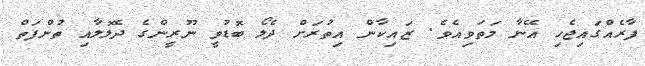
ފާރެއްގައިޖެހި އޭނާ މަތަވިއެވެ. ޒައިކާން އިތުރަށް ދެލޯ ބޮޑުވީ ނޫރީންގެ ދެލޮލާއި ތުންފަތް